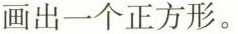
画出一个正方形。